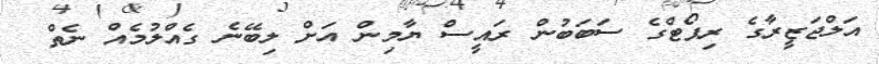
އަލްޖަޒީރާގެ ރިޕޯޓްގެ ސަބަބުން ރައީސް ޔާމިން އަށް ލިބޭނެ ގެއްލުމެއް ނެތް